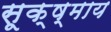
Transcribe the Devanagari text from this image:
सूक्ष्माय